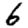
Digit: 6